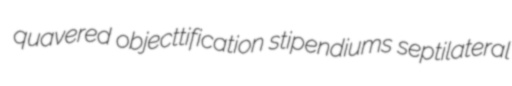
quavered objecttification stipendiums septilateral